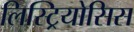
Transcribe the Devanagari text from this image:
लिस्ट्रियोसिस